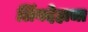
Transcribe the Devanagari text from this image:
लिंगदेहाचा